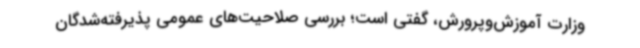
وزارت آموزش‌وپرورش، گفتی است؛ بررسی صلاحیت‌های عمومی پذیرفته‌شدگان